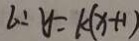
l : y = k ( x + 1 )